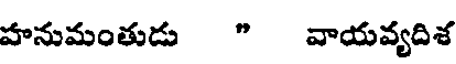
హనుమంతుడు " వాయవ్యదిశ